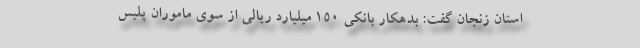
استان زنجان گفت: بدهکار بانکی ۱۵۰ میلیارد ریالی از سوی ماموران پلیس